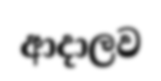
ආදාලව